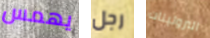
يهمس رجل البروتينات